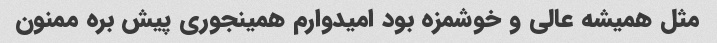
مثل همیشه عالی و خوشمزه بود امیدوارم همینجوری پیش بره ممنون